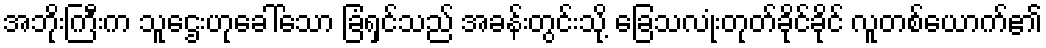
အဘိုးကြီးက သူဌေးဟုခေါ်သော ခြံရှင်သည် အခန်းတွင်းသို့ ခြေသလုံးတုတ်ခိုင်ခိုင် လူတစ်ယောက်၏